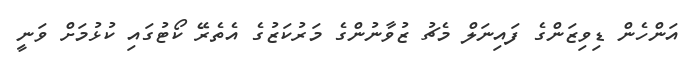
އަންހެން ޑިވިޒަންގެ ފައިނަލް މެޗު ޒުވާނުންގެ މަރުކަޒުގެ އެތެރޭ ކޯޓުގައި ކުޅުމަށް ވަނީ